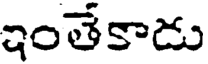
ఇంతేకాడు